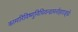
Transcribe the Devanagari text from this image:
कामारिविष्णुविधिवन्द्यमनोहराङ्घ्रेः